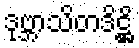
ဒုဗ္ဘာသိတဒိဋ္ဌိ